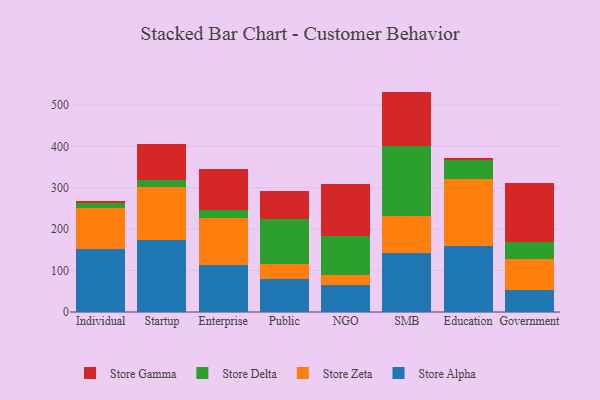
{"axis": {"x": "Segment", "y": "Tickets Resolved"}, "legend": ["Store Alpha", "Store Delta", "Store Gamma", "Store Zeta"], "data": [{"x": "Individual", "y": 152.8, "type": "Store Alpha"}, {"x": "Individual", "y": 97.8, "type": "Store Zeta"}, {"x": "Individual", "y": 12.1, "type": "Store Delta"}, {"x": "Individual", "y": 6.3, "type": "Store Gamma"}, {"x": "Startup", "y": 172.9, "type": "Store Alpha"}, {"x": "Startup", "y": 129.8, "type": "Store Zeta"}, {"x": "Startup", "y": 15.9, "type": "Store Delta"}, {"x": "Startup", "y": 87.0, "type": "Store Gamma"}, {"x": "Enterprise", "y": 113.0, "type": "Store Alpha"}, {"x": "Enterprise", "y": 115.0, "type": "Store Zeta"}, {"x": "Enterprise", "y": 17.2, "type": "Store Delta"}, {"x": "Enterprise", "y": 99.3, "type": "Store Gamma"}, {"x": "Public", "y": 80.3, "type": "Store Alpha"}, {"x": "Public", "y": 34.7, "type": "Store Zeta"}, {"x": "Public", "y": 109.3, "type": "Store Delta"}, {"x": "Public", "y": 67.6, "type": "Store Gamma"}, {"x": "NGO", "y": 66.4, "type": "Store Alpha"}, {"x": "NGO", "y": 22.3, "type": "Store Zeta"}, {"x": "NGO", "y": 94.2, "type": "Store Delta"}, {"x": "NGO", "y": 126.4, "type": "Store Gamma"}, {"x": "SMB", "y": 143.0, "type": "Store Alpha"}, {"x": "SMB", "y": 88.1, "type": "Store Zeta"}, {"x": "SMB", "y": 169.2, "type": "Store Delta"}, {"x": "SMB", "y": 132.0, "type": "Store Gamma"}, {"x": "Education", "y": 160.3, "type": "Store Alpha"}, {"x": "Education", "y": 161.7, "type": "Store Zeta"}, {"x": "Education", "y": 44.2, "type": "Store Delta"}, {"x": "Education", "y": 6.0, "type": "Store Gamma"}, {"x": "Government", "y": 53.9, "type": "Store Alpha"}, {"x": "Government", "y": 75.2, "type": "Store Zeta"}, {"x": "Government", "y": 38.8, "type": "Store Delta"}, {"x": "Government", "y": 143.6, "type": "Store Gamma"}]}